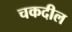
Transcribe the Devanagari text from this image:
चकदील